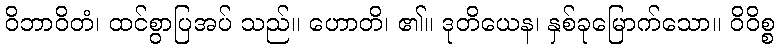
ဝိဘာဝိတံ၊ ထင်စွာပြအပ် သည်။ ဟောတိ၊ ၏။ ဒုတိယေန၊ နှစ်ခုမြောက်သော။ ဝိဝိစ္စ